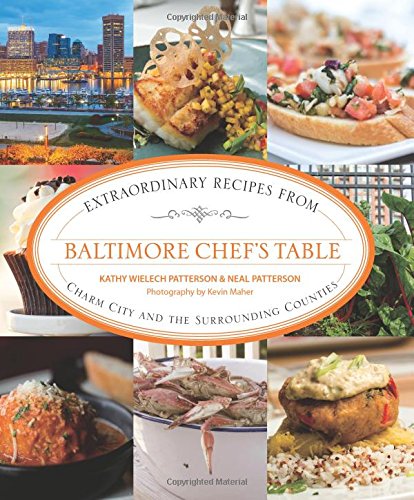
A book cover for Baltimore Chef's Table: Extraordinary Recipes From Charm City And The Surrounding Counties; Kathy Patterson; Cookbooks, Food & Wine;